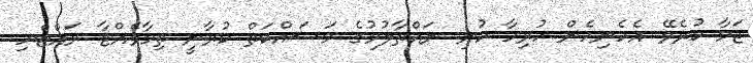
ޖަމާ ކުރެވޭ އެހެނިހެން ހުރިހާ ކުނި ނައްތާލުމުގެ މަސައްކަތް ކުރާނީ ތިމާވެއްޓާ ރައްޓެހި